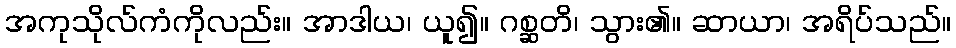
အကုသိုလ်ကံကိုလည်း။ အာဒါယ၊ ယူ၍။ ဂစ္ဆတိ၊ သွား၏။ ဆာယာ၊ အရိပ်သည်။